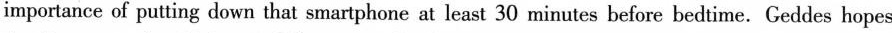
importance of putting down that smartphone at least 30 minutes before bedtime.Geddes hopes